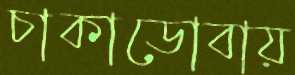
চাকাডোবায়